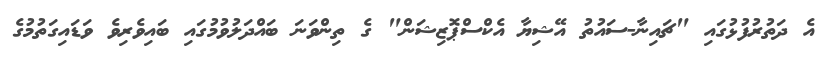
އެ ދަތުރުފުޅުގައި "ޗައިނާ-ސައުތު އޭޝިޔާ އެކްސްޕޮޒިޝަން" ގެ ތިންވަނަ ބައްދަލުވުމުގައި ބައިވެރިވެ ވަޑައިގަތުމުގެ